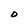
Character: D